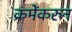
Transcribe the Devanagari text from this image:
क्रमेंकरुन